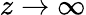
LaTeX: z\to\infty